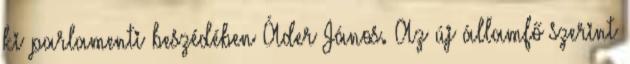
ki parlamenti beszédében Áder János. Az új államfő szerint